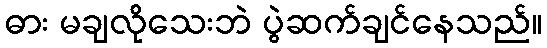
ဓား မချလိုသေးဘဲ ပွဲဆက်ချင်နေသည်။